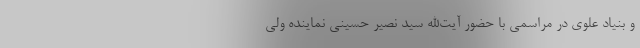
و بنیاد علوی در مراسمی با حضور آیت‌الله سید نصیر حسینی نماینده ولی